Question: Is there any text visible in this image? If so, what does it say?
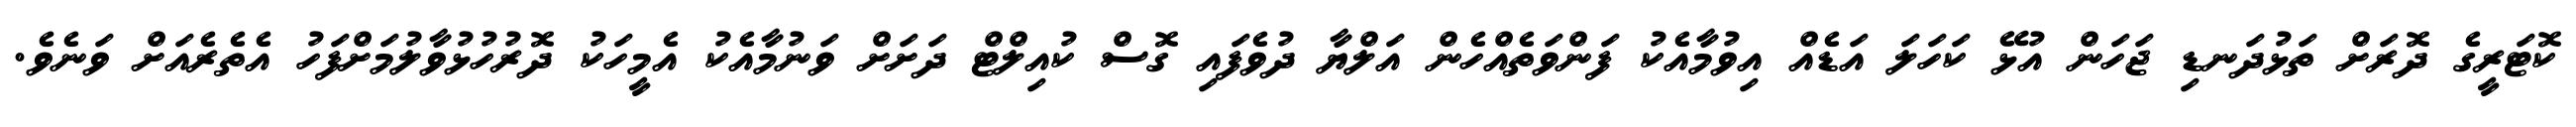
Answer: ކޮޓަރީގެ ދޮރަށް ތަޅުދަނޑި ޖަހަން އުޅޭ ކަހަލަ އަޑެއް އިވުމާއެކު ފަންވަތެއްހެން އަލްޔާ ދުވެފައި ގޮސް ކުއިލްޓް ދަށަށް ވަނުމާއެކު އެމީހަކު ދޮރުހުޅުވާލުމަށްފަހު އެތެރެއަށް ވަނެވެ.